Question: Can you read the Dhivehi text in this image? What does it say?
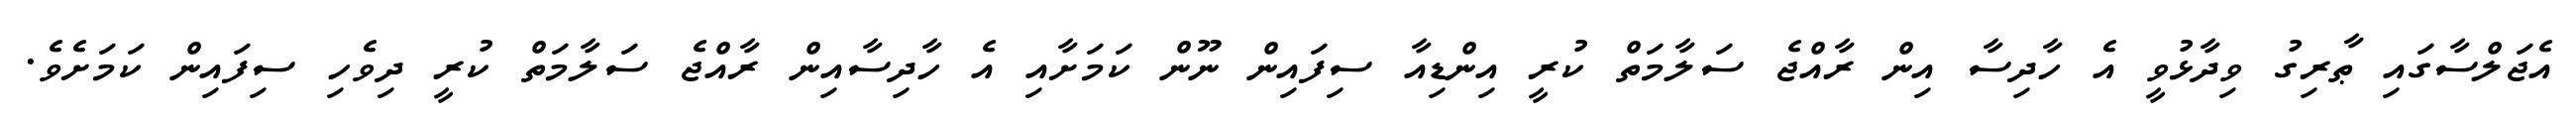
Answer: އެޖަލްސާގައި ޠާރިގު ވިދާޅުވީ އެ ހާދިސާ އިން ރާއްޖެ ސަލާމަތް ކުރީ އިންޑިއާ ސިފައިން ނޫން ކަމަށާއި އެ ހާދިސާއިން ރާއްޖެ ސަލާމަތް ކުރީ ދިވެހި ސިފައިން ކަމަށެވެ.